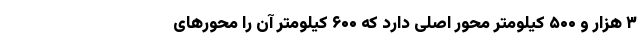
۳ هزار و ۵۰۰ کیلومتر محور اصلی دارد که ۶۰۰ کیلومتر آن را محورهای